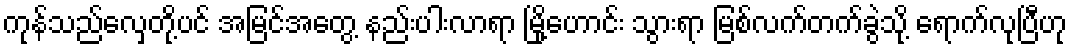
ကုန်သည်လှေတို့ပင် အမြင်အတွေ့ နည်းပါးလာရာ မြို့ဟောင်း သွားရာ မြစ်လက်တက်ခွဲသို့ ရောက်လုပြီဟု